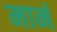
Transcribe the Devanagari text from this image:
मानं